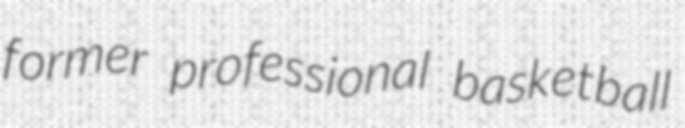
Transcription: former professional basketball